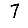
Digit: 7